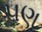
૫ણ